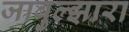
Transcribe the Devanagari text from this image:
जाबुल्झारा